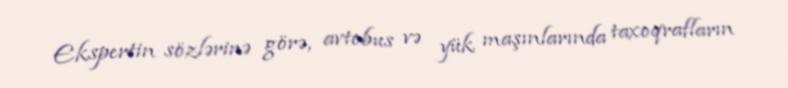
Ekspertin sözlərinə görə, avtobus və yük maşınlarında taxoqrafların